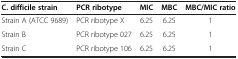
<table><thead><tr><td><b>C. difficile strain</b></td><td><b>PCR ribotype</b></td><td><b>MIC</b></td><td><b>MBC</b></td><td><b>MBC/MIC ratio</b></td></tr></thead><tbody><tr><td>Strain A (ATCC 9689)</td><td>PCR ribotype X</td><td>6.25</td><td>6.25</td><td>1</td></tr><tr><td>Strain B</td><td>PCR ribotype 027</td><td>6.25</td><td>6.25</td><td>1</td></tr><tr><td>Strain C</td><td>PCR ribotype 106</td><td>6.25</td><td>6.25</td><td>1</td></tr></tbody></table>